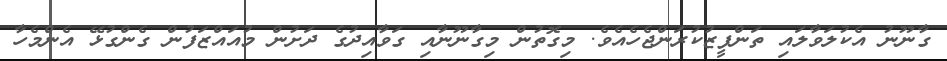
ގާނޫނު އެކުލަވާލައި ތަންފީޒުކުރަންޖެހެއެވެ. މިގޮތުން މިގާނޫނާއި ގަވާއިދުގެ ދަށުން މުއައްޒަފުން ގެންގުޅޭ އެންމެހާ